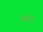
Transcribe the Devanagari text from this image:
जनदों